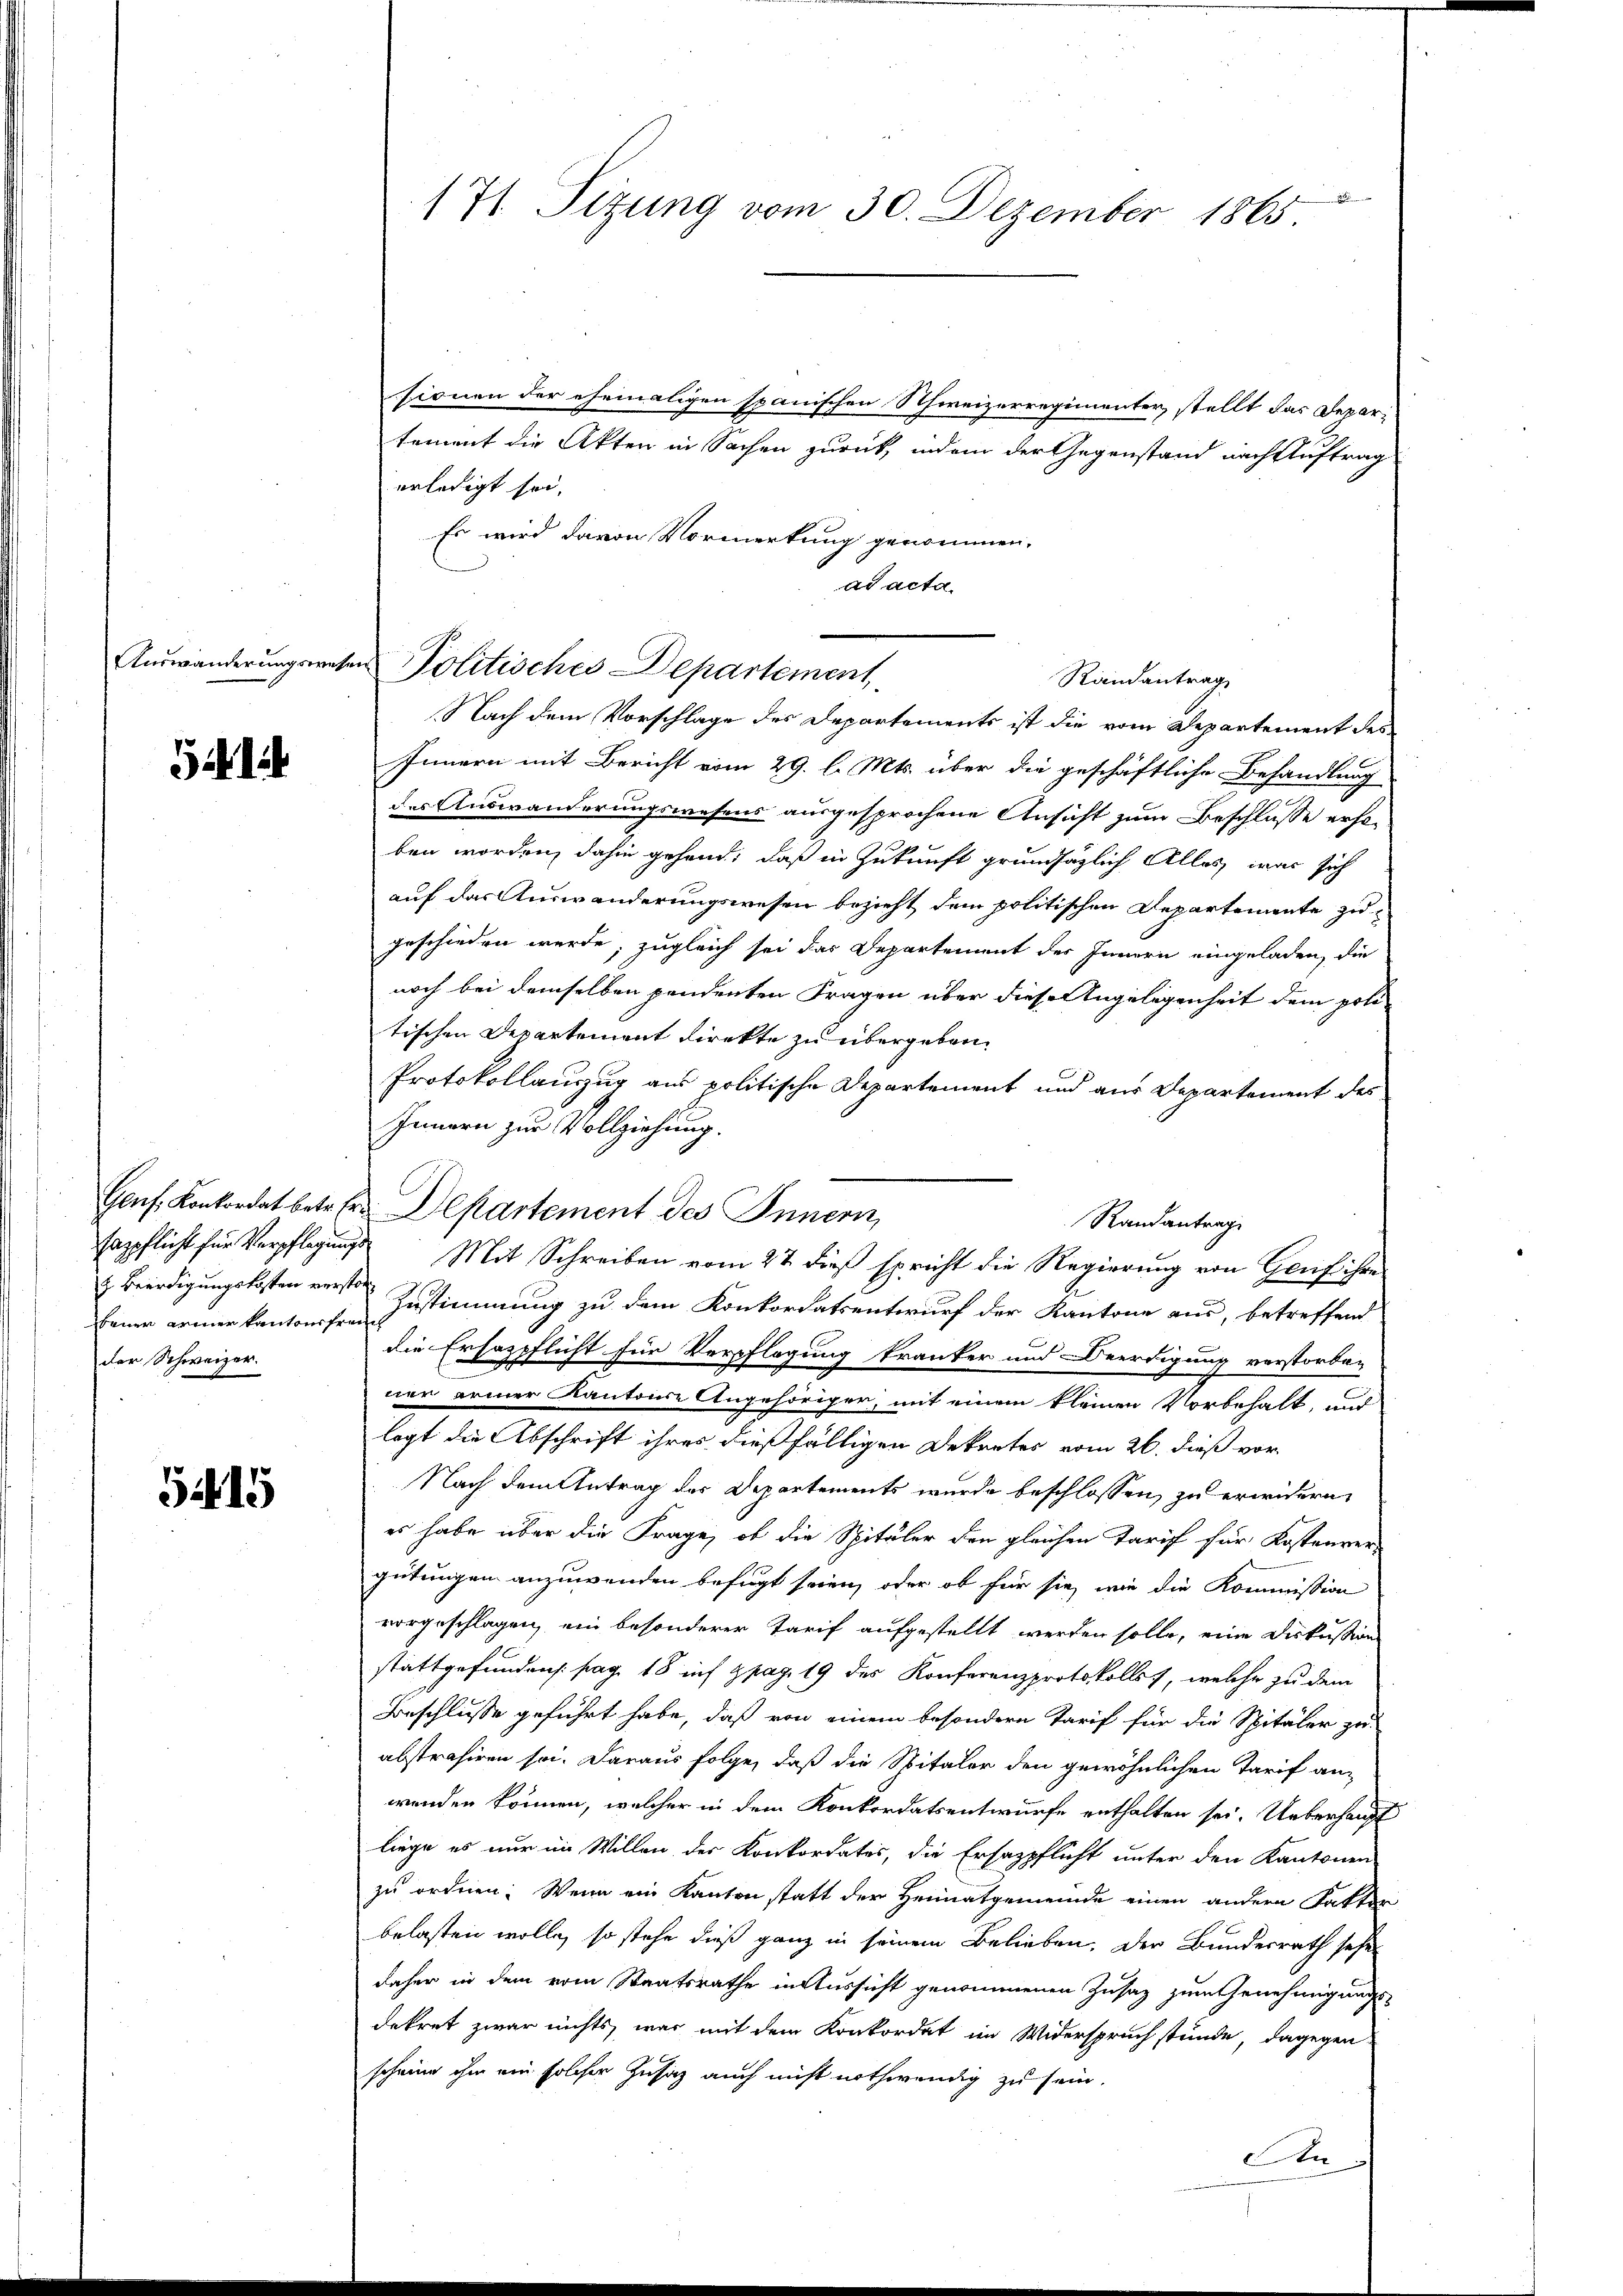
Auswanderungswesen

541

beuer armer Kantonsfreuch
der Schweizer.

5415

171 Tizung vom 30. Dezember 1865

sionen der ehemaligen spanischen Schweizerregimenter, stellt das Depar-
tement die Akten in Sachen zurück, indem der Gegenstand nach Auftrag
erledigt sei,
Es wird davon Vormerkung genommen.
ad acta.
Politisches Departement
Randantrag,
Nach dem Vorschlage des Departements ist die vom Departement des
Innern mit Bericht vom 29. l. Mts. über die geschäftliche Behandlung
des Auswanderungswesens ausgesprochene Ansicht zum Beschlusse erhoben worden, dahin gehend, daß in Zukunft grundsätzlich Alles war sich
auf das Auswanderungswesen bezieht dem politischen Departemente zugeschieden wurde, zugleich sei das Departement des Innern eingeladen, die
noch bei demselben pendenten Fragen über diese Angelegenheit dem poli-
tischen Departement direkte zu übergeben.
Protokollauszug aus politische Departement und aus Departement des
Innern zur Vollziehung.
Genf, Konkordat betr. Er Departement des Innern,
Randantrage
sappflicht für Verpflegung Mit Schreiben vom 27 dieß spricht die Regierung von Genf ihre
z Beerdigungskosten verste Zustimmung zu dem Konkordatsentwurf der Kantone aus, betreffend
die Ersozpflicht für Verpflegung kranker und Beerdigung verstorben
ner armer Kantone Angehöriger, mit einem kleinen Vorbehalt, und
legt die Abschrift ihres dießfälligen Dekretes vom 26. dieß vor
Nach dem Antrag des Departements wurde beschlossen, zu erwidern,
es habe über die Frage, ob die Spitäler den gleichen Tarif für Kostenver-
gütungen anzuwenden befugt seien, oder ob für sie, wie die Kommission
vorgeschlagen, ein besonderer Tarif aufgestellt werden solle, eine Diskussion
stattgefunden: pag. 18 auf pag. 19 des Konferenzprotokollst, welche zu dem
Beschlusse geführt habe, daß von einem besondern Tarif für die Spitäler zu
abstrahiren sei. Daraus folge, daß die Spitaler den gewöhnlichen Tarif an-
wenden können, welcher in dem Konkordatsentwurfe enthalten sei. Ueberhaupt
liege es nur im Willen der Konkordates, die Ersazpflicht unter den Kantonen
zu ordnen. Wenn ein Kanton statt der Heimatgemeinde einen andern Faktor
belasten wolle, so stehe dieß ganz in seinem Belieben, der Bundesrath sehen
daher in dem vom Staatsrathe in Aussicht genommenen Zusatz zum Genehmigungsdekret zwar nichts, war mit dem Konkordat im Widerspruch stünde, dagegen
scheine ihm ein solcher Zusatz auch nicht nothwendig zu sein.
An